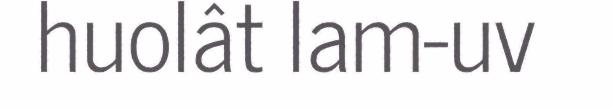
huolât lam-uv